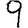
Digit: 9